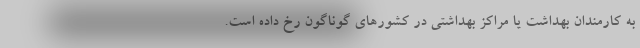
به کارمندان بهداشت یا مراکز بهداشتی در کشورهای گوناگون رخ داده است.